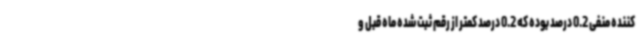
کننده منفی 0.2 درصد بوده که 0.2 درصد کمتر از رقم ثبت شده ماه قبل و